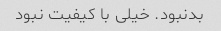
بدنبود. خیلی با کیفیت نبود